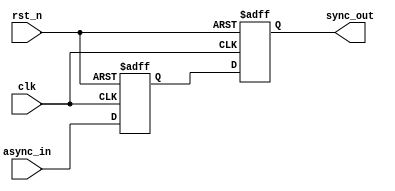
module ms_ff_synchronizer (
    input wire clk,       // Clock signal
    input wire rst_n,     // Asynchronous reset (active low)
    input wire async_in,  // Asynchronous input signal to be synchronized
    output reg sync_out   // Synchronized output signal
);

    reg master_ff;  // Master flip-flop output

    // Master Flip-Flop: Captures the async input on rising edge of clk
    always @(posedge clk or negedge rst_n) begin
        if (!rst_n) begin
            master_ff <= 1'b0;
        end else begin
            master_ff <= async_in;
        end
    end

    // Slave Flip-Flop: Captures the master output on falling edge of clk
    always @(negedge clk or negedge rst_n) begin
        if (!rst_n) begin
            sync_out <= 1'b0;
        end else begin
            sync_out <= master_ff;
        end
    end

endmodule